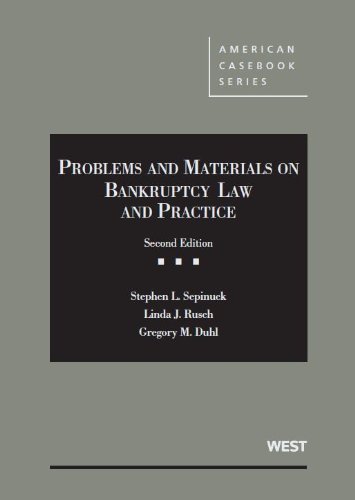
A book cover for Problems and Materials on Bankruptcy (American Casebook Series); Stephen Sepinuck; Law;